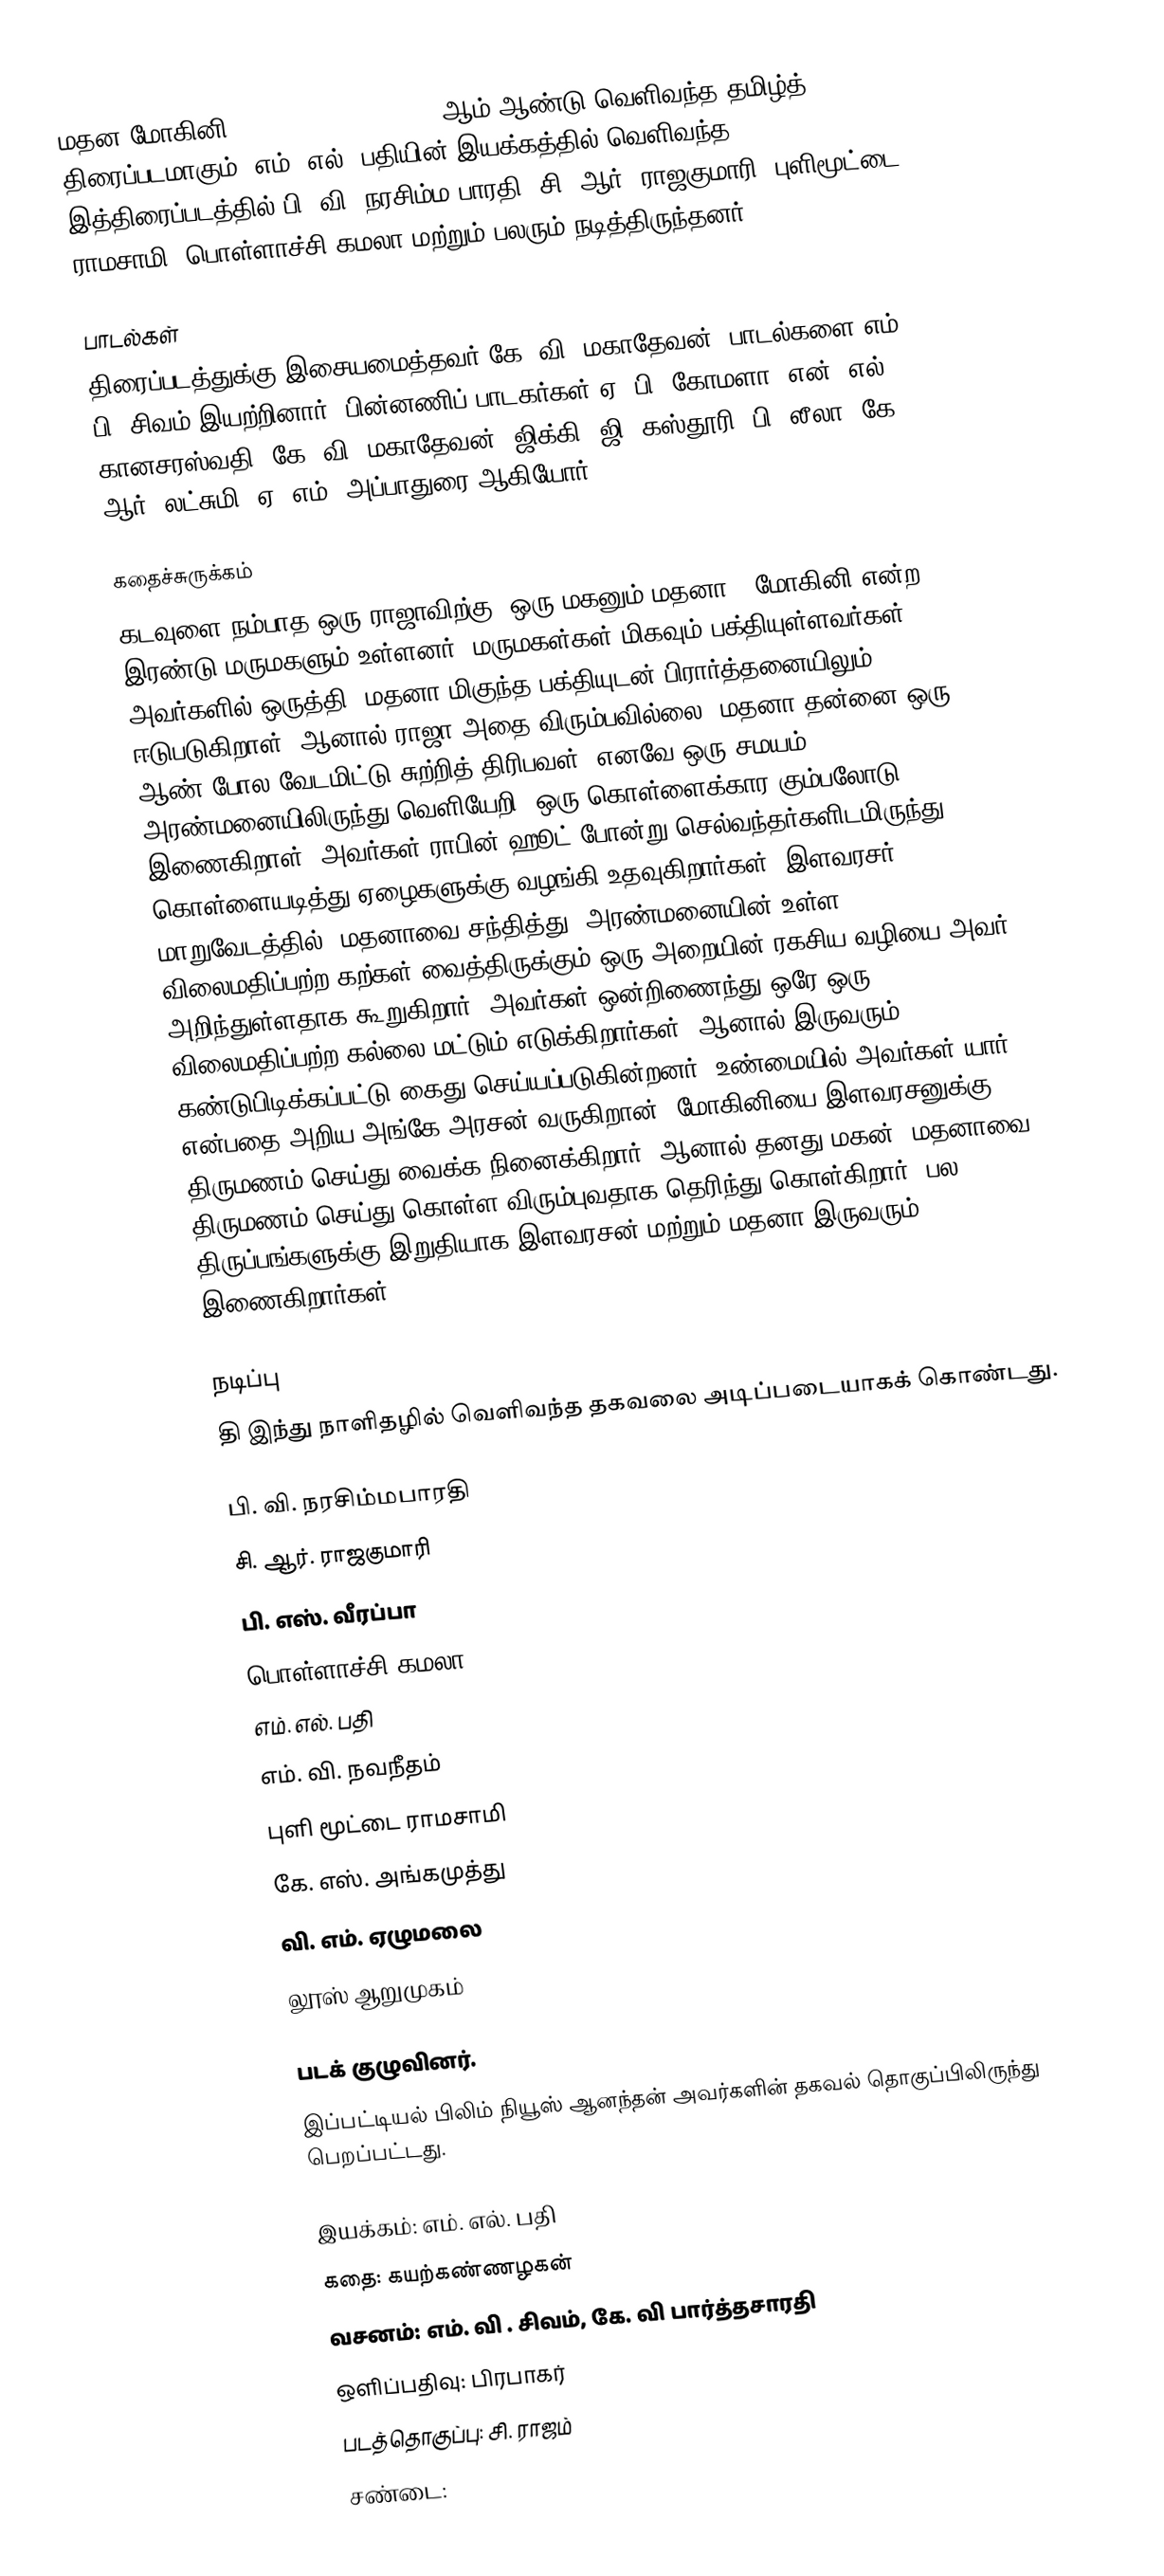
மதன மோகினி (mathana mohini)  1953 ஆம் ஆண்டு வெளிவந்த தமிழ்த் திரைப்படமாகும். எம். எல். பதியின் இயக்கத்தில் வெளிவந்த இத்திரைப்படத்தில் பி. வி. நரசிம்ம பாரதி, சி. ஆர். ராஜகுமாரி, புளிமூட்டை ராமசாமி ,பொள்ளாச்சி கமலா மற்றும் பலரும் நடித்திருந்தனர்.

பாடல்கள்
திரைப்படத்துக்கு இசையமைத்தவர் கே. வி. மகாதேவன். பாடல்களை எம். பி. சிவம் இயற்றினார். பின்னணிப் பாடகர்கள் ஏ. பி. கோமளா, என். எல். கானசரஸ்வதி, கே. வி. மகாதேவன், ஜிக்கி, ஜி. கஸ்தூரி, பி. லீலா, கே. ஆர். லட்சுமி, ஏ. எம். அப்பாதுரை ஆகியோர்.

கதைச்சுருக்கம்
கடவுளை நம்பாத ஒரு ராஜாவிற்கு, ஒரு மகனும்  மதனா , மோகினி என்ற இரண்டு மருமகளும் உள்ளனர். மருமகள்கள் மிகவும் பக்தியுள்ளவர்கள். அவர்களில் ஒருத்தி, மதனா மிகுந்த பக்தியுடன் பிரார்த்தனையிலும் ஈடுபடுகிறாள். ஆனால் ராஜா அதை விரும்பவில்லை. மதனா தன்னை ஒரு ஆண் போல வேடமிட்டு சுற்றித் திரிபவள். எனவே ஒரு சமயம் அரண்மனையிலிருந்து வெளியேறி, ஒரு கொள்ளைக்கார கும்பலோடு இணைகிறாள். அவர்கள் ராபின் ஹூட் போன்று செல்வந்தர்களிடமிருந்து கொள்ளையடித்து ஏழைகளுக்கு வழங்கி உதவுகிறார்கள். இளவரசர், மாறுவேடத்தில், மதனாவை சந்தித்து, அரண்மனையின்  உள்ள 3 விலைமதிப்பற்ற கற்கள் வைத்திருக்கும் ஒரு அறையின் ரகசிய வழியை அவர் அறிந்துள்ளதாக கூறுகிறார். அவர்கள் ஒன்றிணைந்து ஒரே ஒரு விலைமதிப்பற்ற கல்லை மட்டும் எடுக்கிறார்கள். ஆனால் இருவரும் கண்டுபிடிக்கப்பட்டு கைது செய்யப்படுகின்றனர். உண்மையில் அவர்கள் யார் என்பதை அறிய அங்கே அரசன் வருகிறான். மோகினியை இளவரசனுக்கு திருமணம் செய்து வைக்க நினைக்கிறார். ஆனால் தனது மகன், மதனாவை திருமணம் செய்து கொள்ள விரும்புவதாக தெரிந்து கொள்கிறார். பல திருப்பங்களுக்கு இறுதியாக இளவரசன் மற்றும் மதனா இருவரும் இணைகிறார்கள்.

நடிப்பு
தி இந்து நாளிதழில் வெளிவந்த தகவலை அடிப்படையாகக் கொண்டது.

பி. வி. நரசிம்மபாரதி
சி. ஆர். ராஜகுமாரி
பி. எஸ். வீரப்பா
பொள்ளாச்சி கமலா
எம். எல். பதி
எம். வி. நவநீதம்
புளி மூட்டை ராமசாமி
கே. எஸ். அங்கமுத்து
வி. எம். ஏழுமலை
லூஸ் ஆறுமுகம்

படக் குழுவினர்.
இப்பட்டியல் பிலிம் நியூஸ் ஆனந்தன்  அவர்களின் தகவல் தொகுப்பிலிருந்து பெறப்பட்டது.

 இயக்கம்: எம். எல். பதி
 கதை: கயற்கண்ணழகன்
 வசனம்: எம். வி . சிவம், கே. வி பார்த்தசாரதி
 ஒளிப்பதிவு: பிரபாகர்
 படத்தொகுப்பு: சி. ராஜம்
 சண்டை: